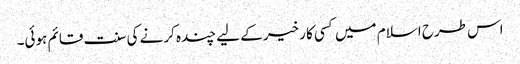
اس طرح اسلام میں کسی کا رخیر کے لیے چندہ کرنے کی سنت قائم ہوئی۔